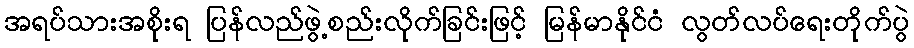
အရပ်သားအစိုးရ ပြန်လည်ဖွဲ့စည်းလိုက်ခြင်းဖြင့် မြန်မာနိုင်ငံ လွတ်လပ်ရေးတိုက်ပွဲ